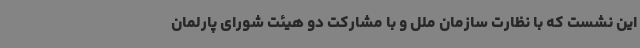
این نشست که با نظارت سازمان ملل و با مشارکت دو هیئت شورای پارلمان